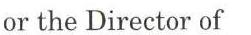
or the Director of